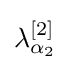
\lambda _{{\alpha }_{2}}^{[2]}